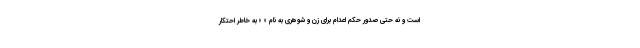
است و نه حتی صدور حکم اعدام برای زن و شوهری به نام « » به خاطر احتکار